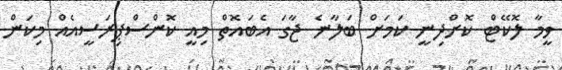
ވީމާ ލޮކޭޓް ކޮށްދިނީ ކަމަށް ބަލާނެ ޖާގަ އެބައޮތް މިއީ ކޮންސްޕިރަސީއެއް މިކަން